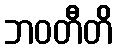
ဘဝတီတိ